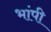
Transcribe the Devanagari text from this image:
भांपी